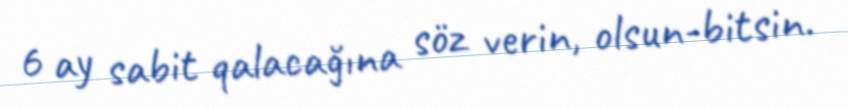
6 ay sabit qalacağına söz verin, olsun-bitsin.